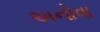
અનોવા